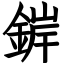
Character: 錌